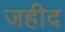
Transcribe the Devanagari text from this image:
जहीद